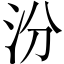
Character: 汾